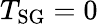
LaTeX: T_{\mathrm{SG}}=0